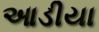
આડીયા